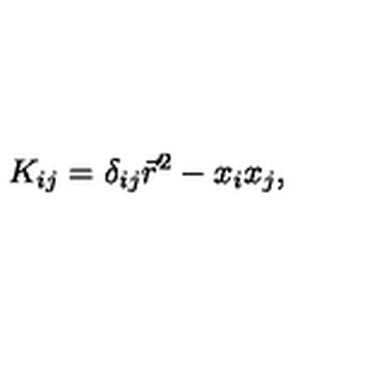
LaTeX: K _ { i j } = \delta _ { i j } \vec { r } ^ { 2 } - x _ { i } x _ { j } ,